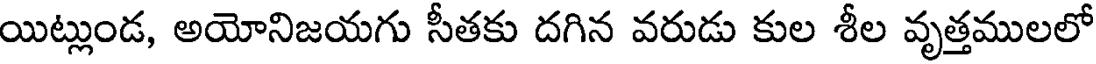
యిట్లుండ, అయోనిజయగు సీతకు దగిన వరుడు కుల శీల వృత్తములలో